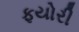
ફયોરી